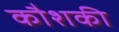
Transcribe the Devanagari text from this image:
कौशकी